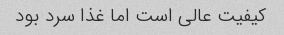
کیفیت عالی است اما غذا سرد بود